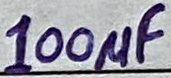
Text: 100µF